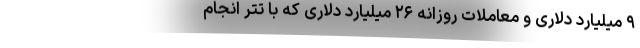
۹ میلیارد دلاری و معاملات روزانه ۲۶ میلیارد دلاری که با تتر انجام